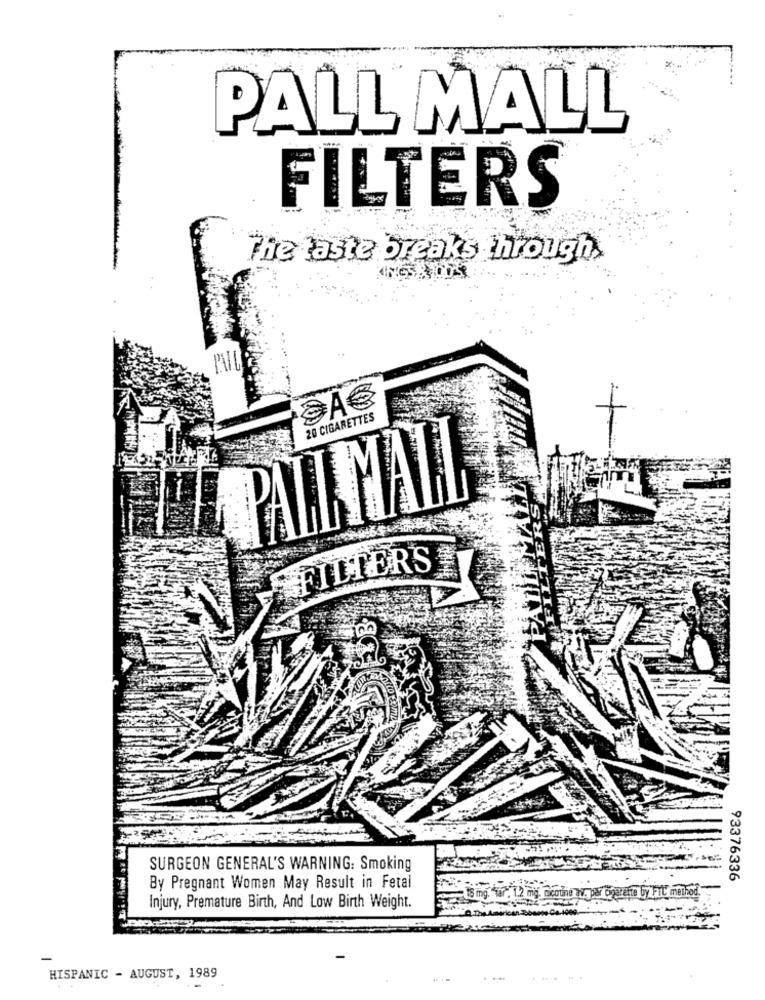
PALL MALL
FILTERS
The taste breaks through.
20 CIGARETTES
PALL MALL
FILTERS
BOB.
SURGEON GENERAL'S WARNING: Smoking
93376336
By Pregnant Women May Result in Fetal
15 mg. Tar . 1.2 mg. micoune
Injury, Premature Birth, And Low Birth Weight.
HISPANIC - AUGUST, 1989